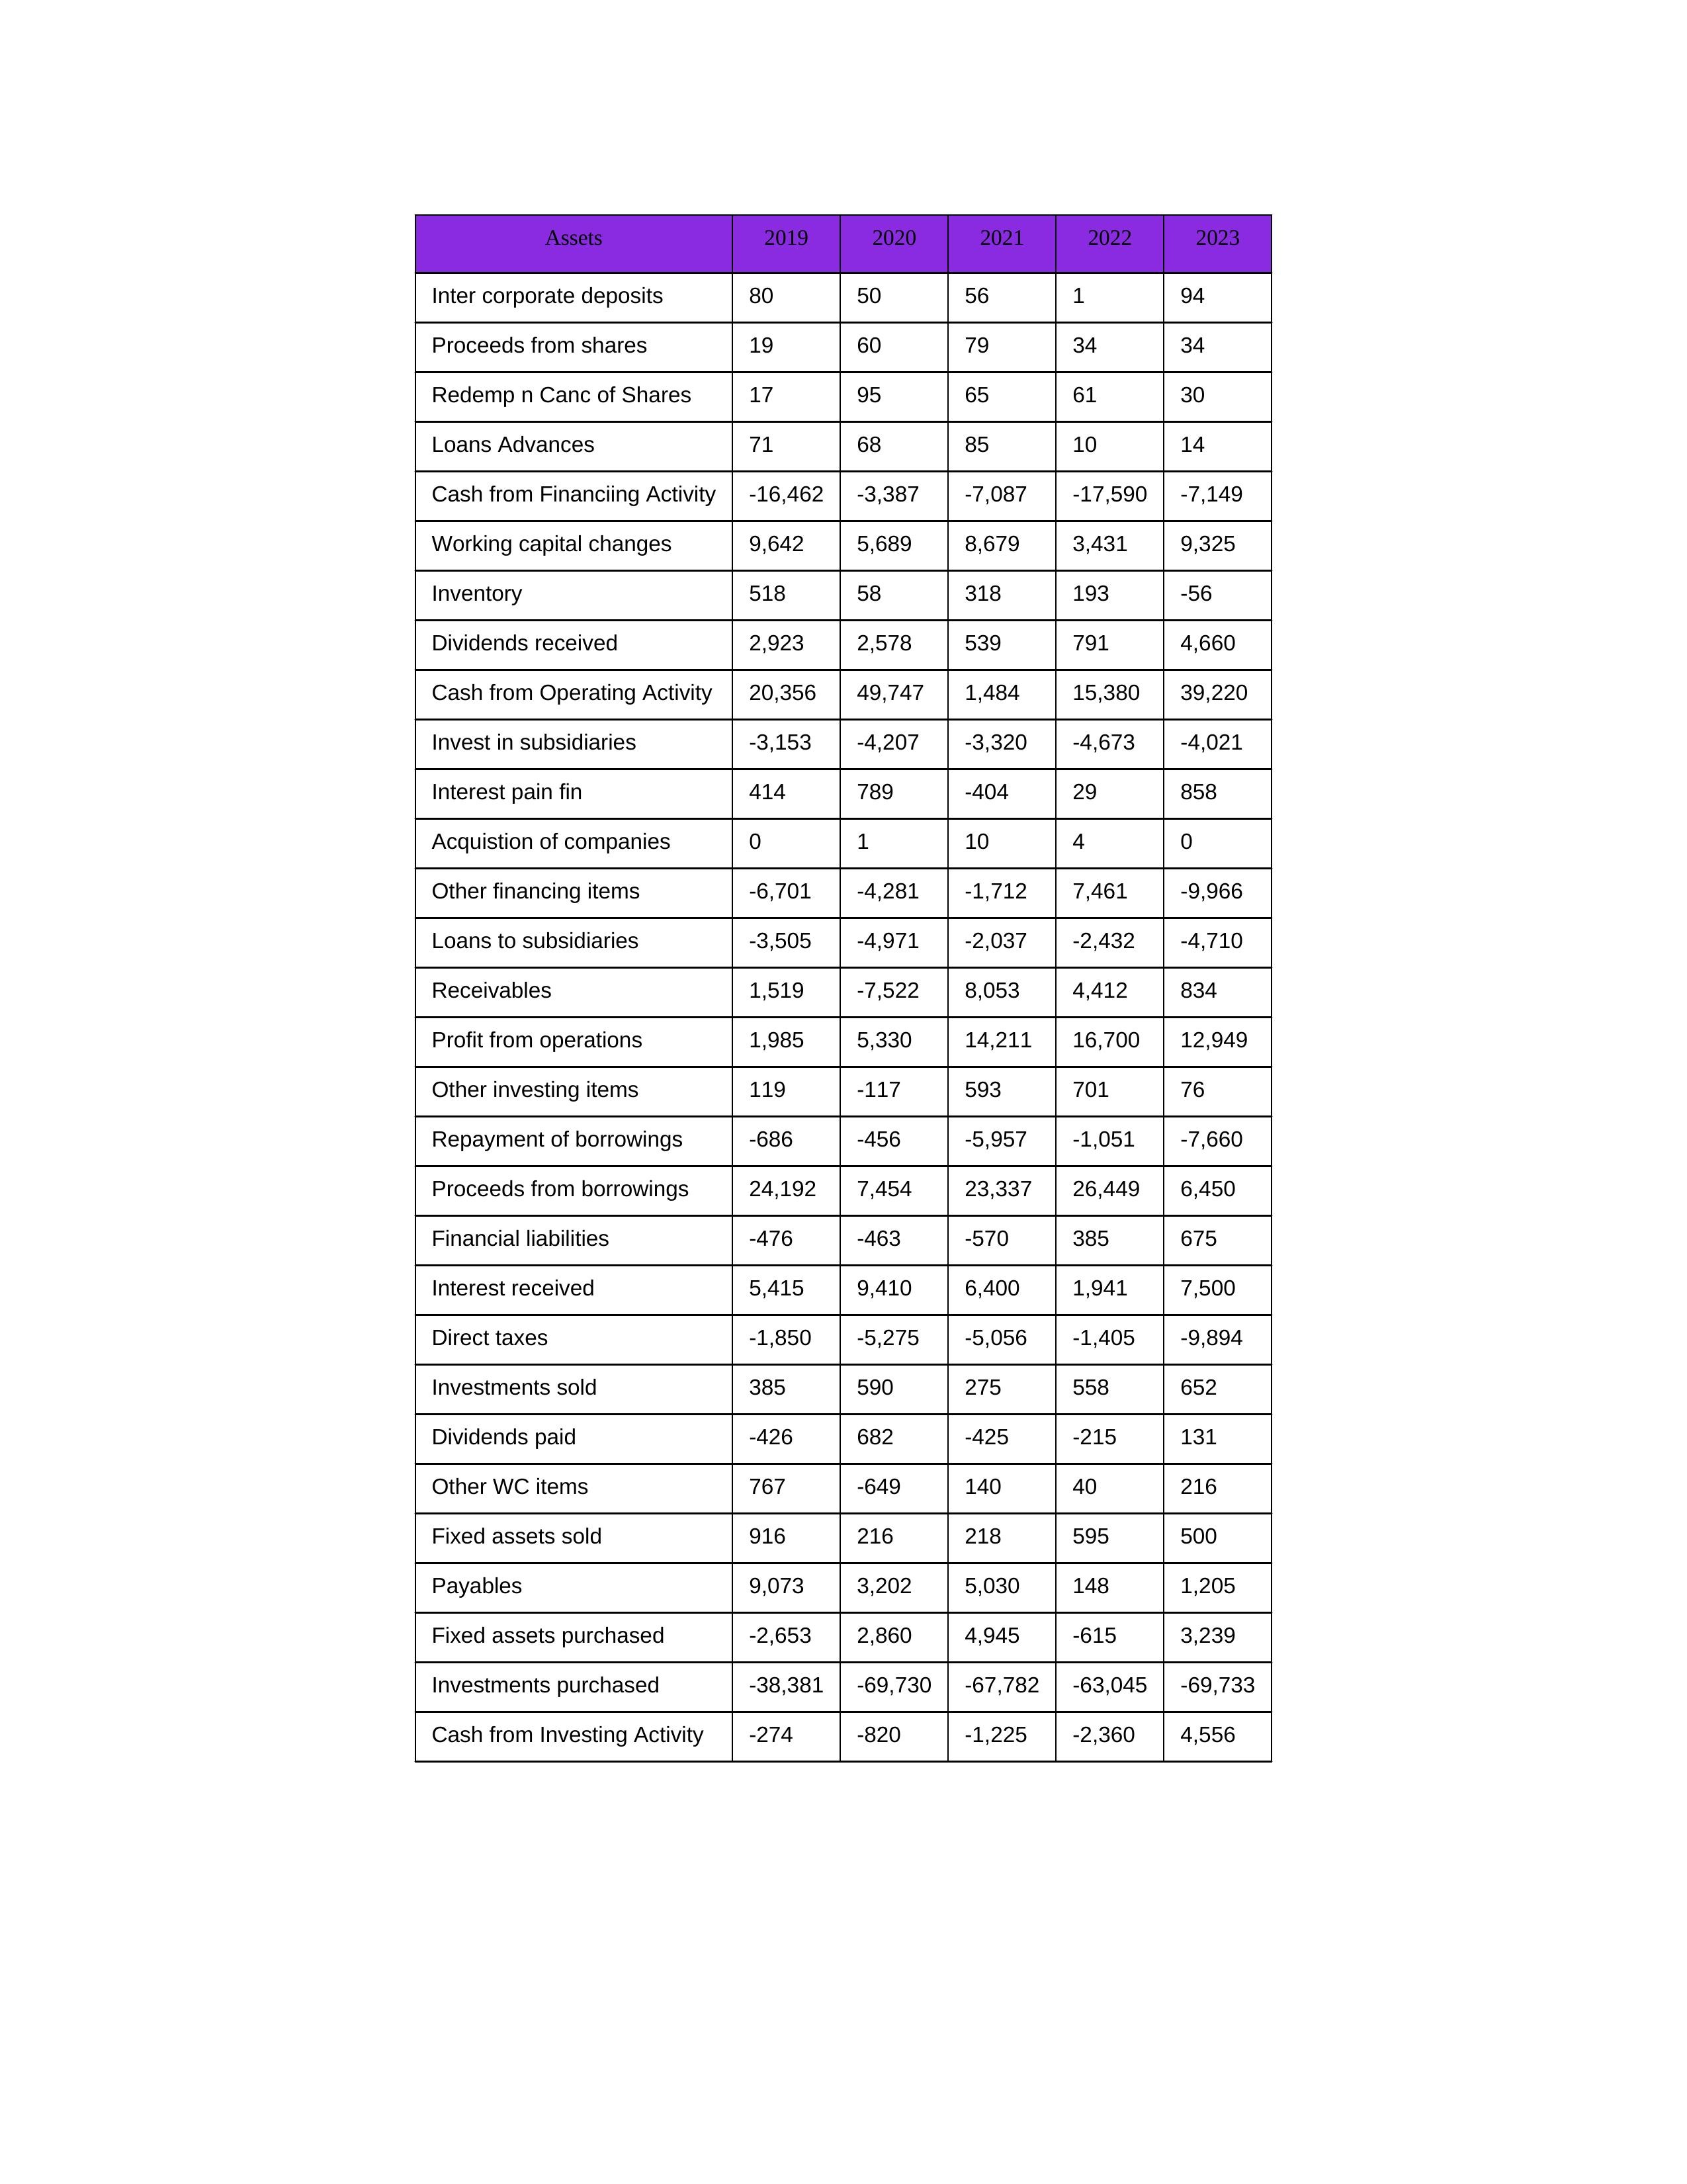
gt_parse: 2019: Cash from Operating Activity: 20,356
Profit from operations: 1,985
Receivables: 1,519
Inventory: 518
Payables: 9,073
Loans Advances: 71
Other WC items: 767
Working capital changes: 9,642
Direct taxes: -1,850
Cash from Investing Activity: -274
Fixed assets purchased: -2,653
Fixed assets sold: 916
Investments purchased: -38,381
Investments sold: 385
Interest received: 5,415
Dividends received: 2,923
Invest in subsidiaries: -3,153
Loans to subsidiaries: -3,505
Redemp n Canc of Shares: 17
Acquistion of companies: 0
Inter corporate deposits: 80
Other investing items: 119
Cash from Financiing Activity: -16,462
Proceeds from shares: 19
Proceeds from borrowings: 24,192
Repayment of borrowings: -686
Interest pain fin: 414
Dividends paid: -426
Financial liabilities: -476
Other financing items: -6,701
2020: Cash from Operating Activity: 49,747
Profit from operations: 5,330
Receivables: -7,522
Inventory: 58
Payables: 3,202
Loans Advances: 68
Other WC items: -649
Working capital changes: 5,689
Direct taxes: -5,275
Cash from Investing Activity: -820
Fixed assets purchased: 2,860
Fixed assets sold: 216
Investments purchased: -69,730
Investments sold: 590
Interest received: 9,410
Dividends received: 2,578
Invest in subsidiaries: -4,207
Loans to subsidiaries: -4,971
Redemp n Canc of Shares: 95
Acquistion of companies: 1
Inter corporate deposits: 50
Other investing items: -117
Cash from Financiing Activity: -3,387
Proceeds from shares: 60
Proceeds from borrowings: 7,454
Repayment of borrowings: -456
Interest pain fin: 789
Dividends paid: 682
Financial liabilities: -463
Other financing items: -4,281
2021: Cash from Operating Activity: 1,484
Profit from operations: 14,211
Receivables: 8,053
Inventory: 318
Payables: 5,030
Loans Advances: 85
Other WC items: 140
Working capital changes: 8,679
Direct taxes: -5,056
Cash from Investing Activity: -1,225
Fixed assets purchased: 4,945
Fixed assets sold: 218
Investments purchased: -67,782
Investments sold: 275
Interest received: 6,400
Dividends received: 539
Invest in subsidiaries: -3,320
Loans to subsidiaries: -2,037
Redemp n Canc of Shares: 65
Acquistion of companies: 10
Inter corporate deposits: 56
Other investing items: 593
Cash from Financiing Activity: -7,087
Proceeds from shares: 79
Proceeds from borrowings: 23,337
Repayment of borrowings: -5,957
Interest pain fin: -404
Dividends paid: -425
Financial liabilities: -570
Other financing items: -1,712
2022: Cash from Operating Activity: 15,380
Profit from operations: 16,700
Receivables: 4,412
Inventory: 193
Payables: 148
Loans Advances: 10
Other WC items: 40
Working capital changes: 3,431
Direct taxes: -1,405
Cash from Investing Activity: -2,360
Fixed assets purchased: -615
Fixed assets sold: 595
Investments purchased: -63,045
Investments sold: 558
Interest received: 1,941
Dividends received: 791
Invest in subsidiaries: -4,673
Loans to subsidiaries: -2,432
Redemp n Canc of Shares: 61
Acquistion of companies: 4
Inter corporate deposits: 1
Other investing items: 701
Cash from Financiing Activity: -17,590
Proceeds from shares: 34
Proceeds from borrowings: 26,449
Repayment of borrowings: -1,051
Interest pain fin: 29
Dividends paid: -215
Financial liabilities: 385
Other financing items: 7,461
2023: Cash from Operating Activity: 39,220
Profit from operations: 12,949
Receivables: 834
Inventory: -56
Payables: 1,205
Loans Advances: 14
Other WC items: 216
Working capital changes: 9,325
Direct taxes: -9,894
Cash from Investing Activity: 4,556
Fixed assets purchased: 3,239
Fixed assets sold: 500
Investments purchased: -69,733
Investments sold: 652
Interest received: 7,500
Dividends received: 4,660
Invest in subsidiaries: -4,021
Loans to subsidiaries: -4,710
Redemp n Canc of Shares: 30
Acquistion of companies: 0
Inter corporate deposits: 94
Other investing items: 76
Cash from Financiing Activity: -7,149
Proceeds from shares: 34
Proceeds from borrowings: 6,450
Repayment of borrowings: -7,660
Interest pain fin: 858
Dividends paid: 131
Financial liabilities: 675
Other financing items: -9,966